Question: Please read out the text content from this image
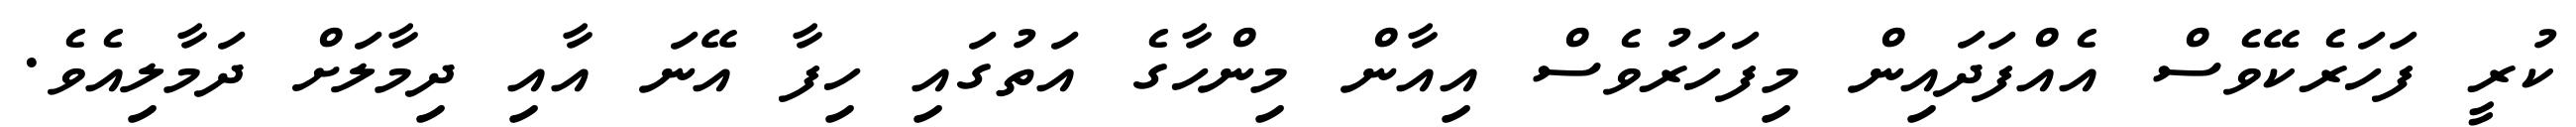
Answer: ކުރީ ފަހަރެކޭވެސް އެއްފަދައިން މިފަހަރުވެސް އިއާން މިންހާގެ އަތުގައި ހިފާ އޭނަ އާއި ދިމާލަށް ދަމާލިއެވެ.